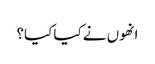
انھوں نے کیا کیا؟